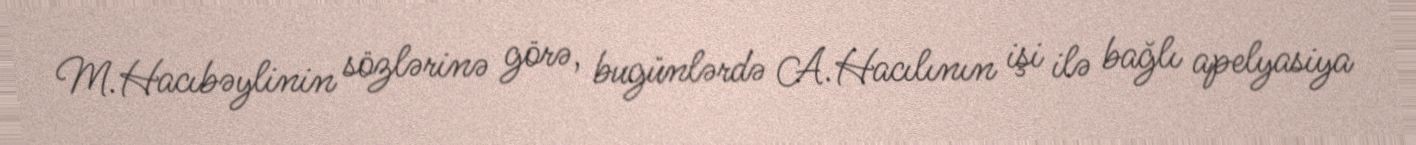
M.Hacıbəylinin sözlərinə görə, bugünlərdə A.Hacılının işi ilə bağlı apelyasiya